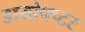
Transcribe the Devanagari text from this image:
डायोपप्टर